Juri_Uluots, lk 63
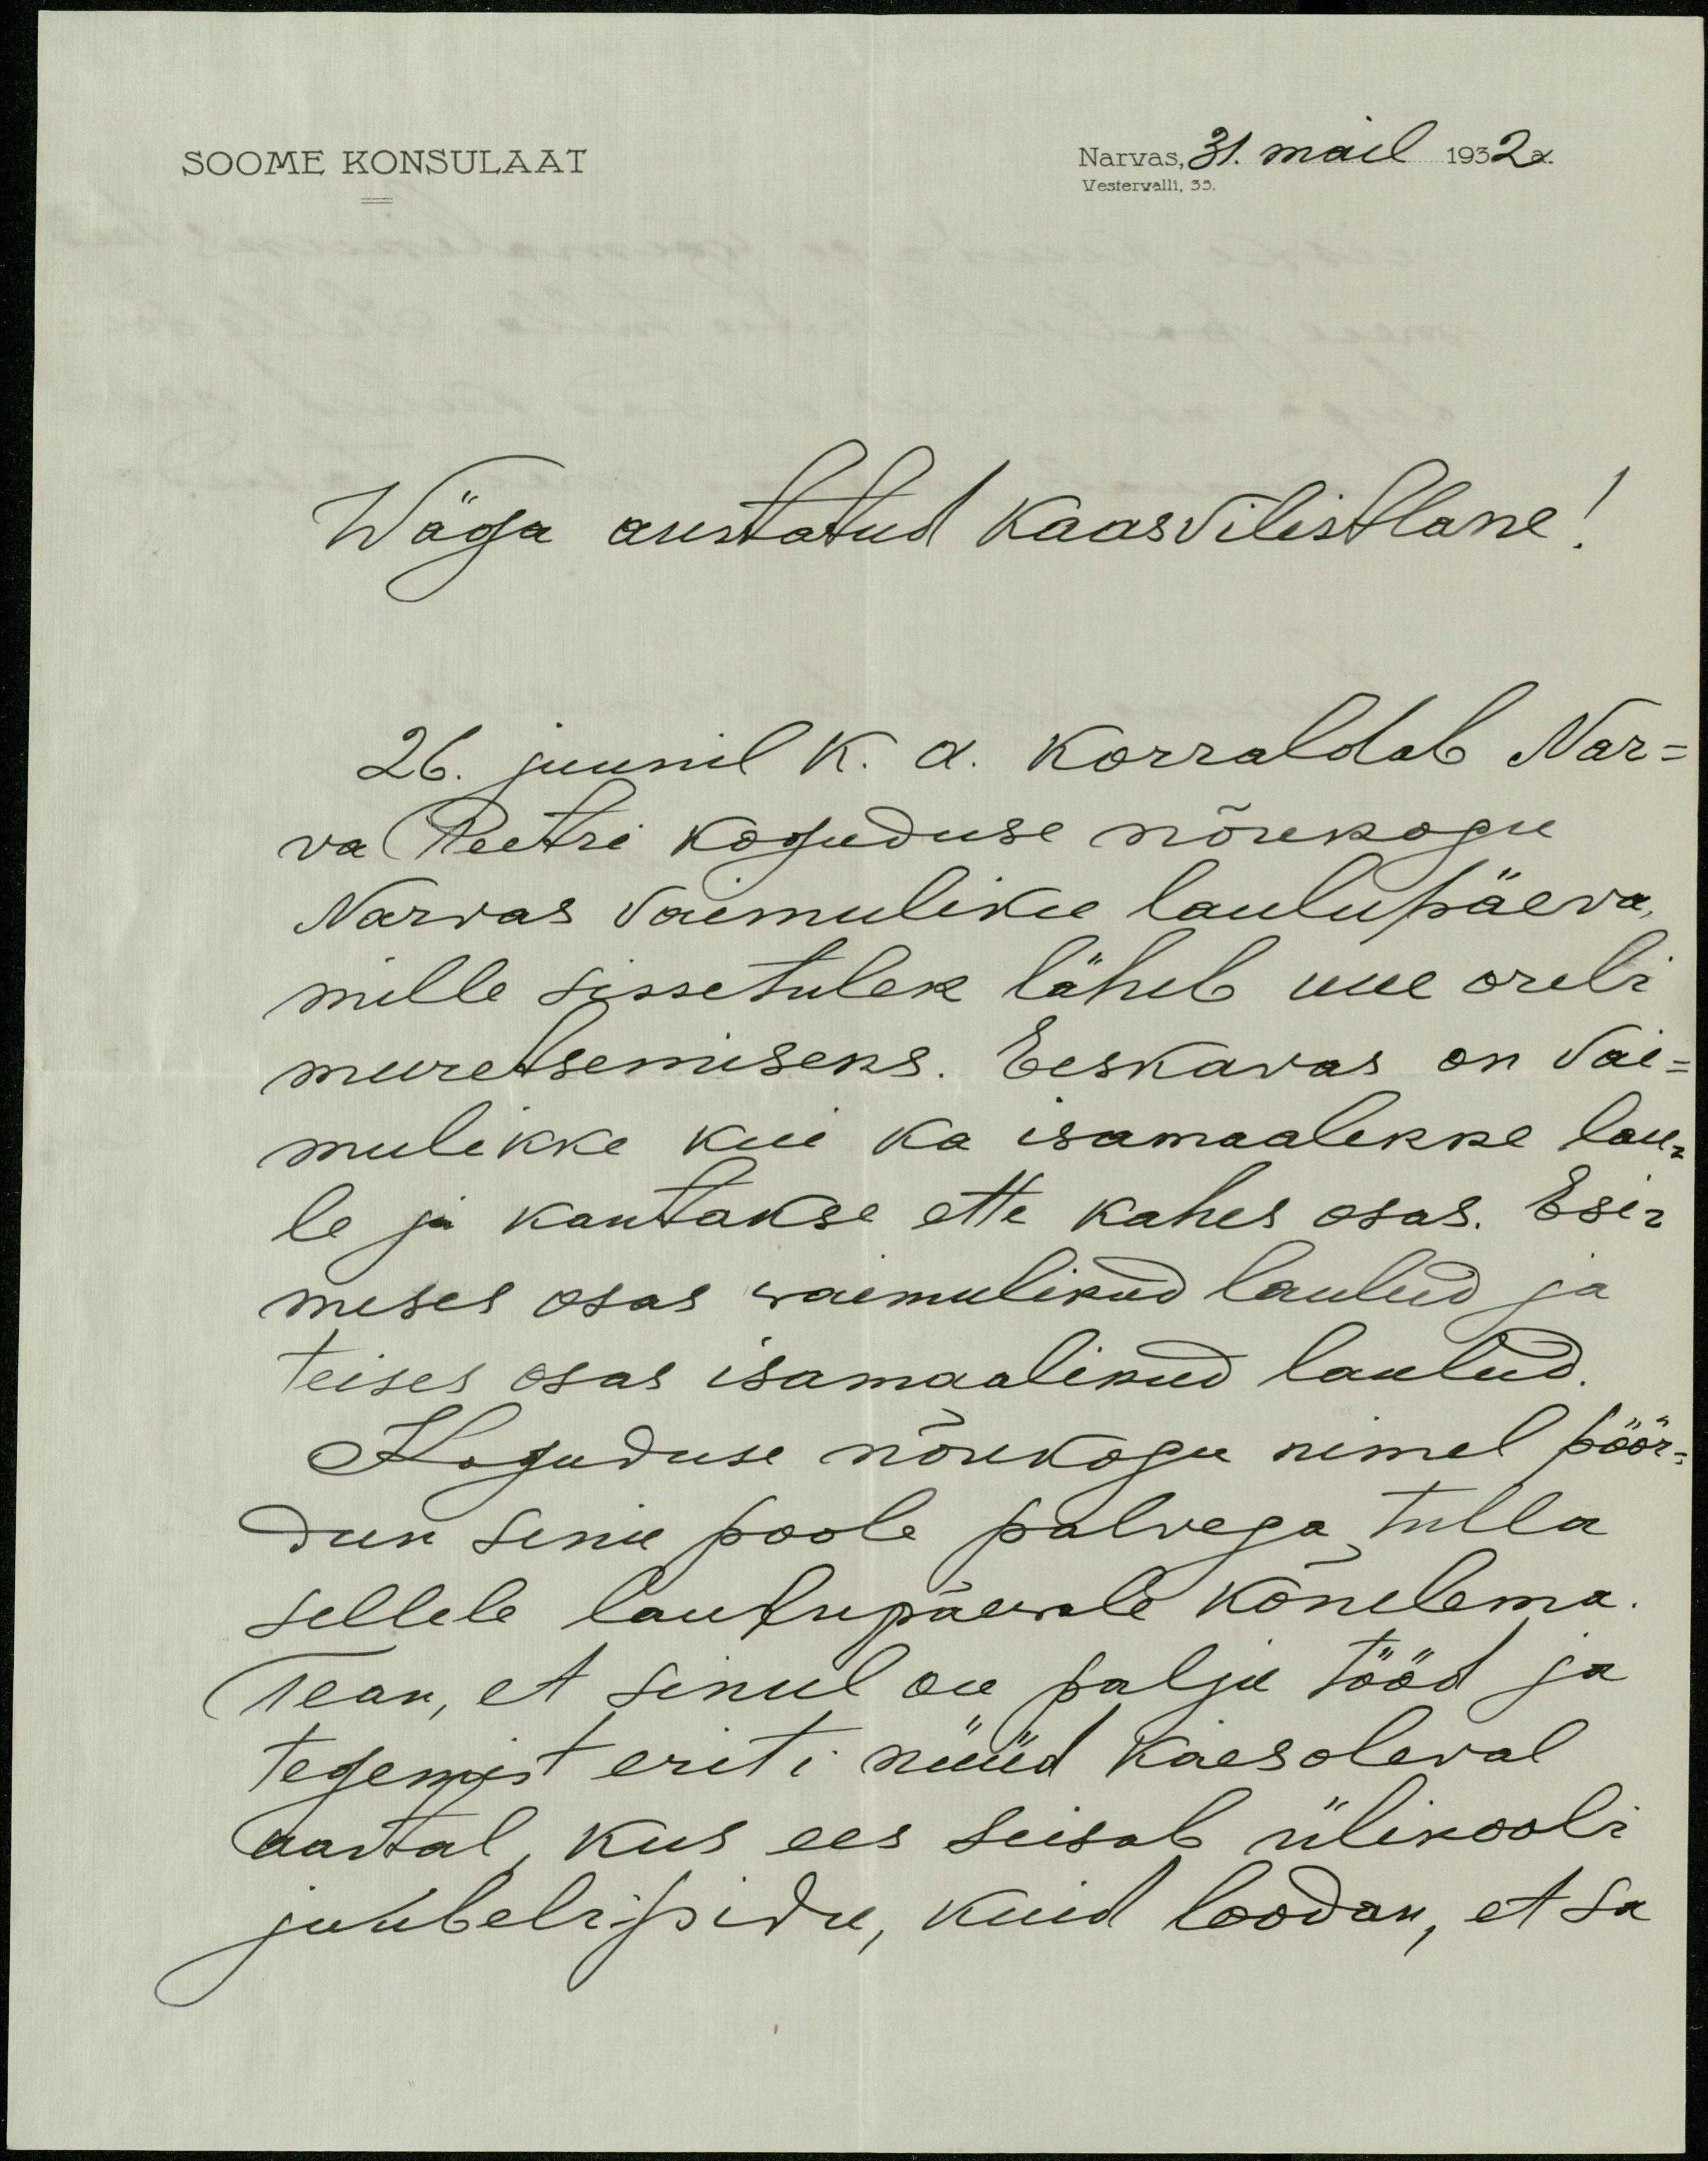
SOOME KONSULAAT
Narvas, 31. mail 1932 a.
Vestervalli, 35.
Wäga austatud kaasvilistlane!
26. juunil k. a. korraldab Nar-
va Peetri koguduse nõukogu
Narvas vaimuliku laulupäeva,
mille sissetulek läheb uue oreli
muretsemiseks. Eeskavas on vai-
mulikke kui ka isamaalikke lau-
le ja kantakse ette kahes osas. Esi-
meses osas waimulikud laulud ja
teises osas isamaalikud laulud.
Koguduse nõukogu nimel pöör-
dun sinu poole palvega tulla
sellele laulupäewale kõnelema.
Tean, et Sinul on palju tööd ja
tegemist eriti nüüd käesoleval
aastal, kus ees seisab ülikoosli
juubelipidu, kuid loodan, et a